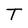
Character: T